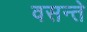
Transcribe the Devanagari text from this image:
वसन्ते